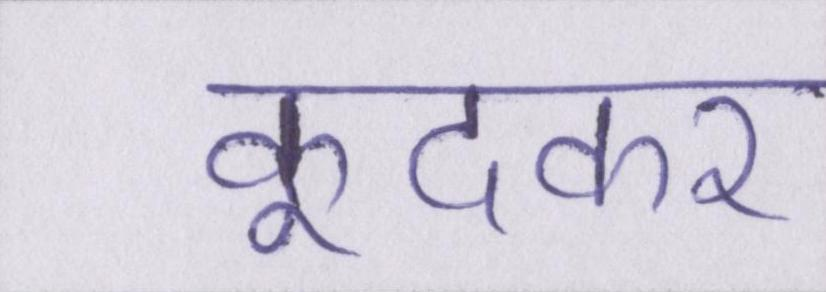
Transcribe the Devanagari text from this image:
कूदकर